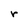
Character: r